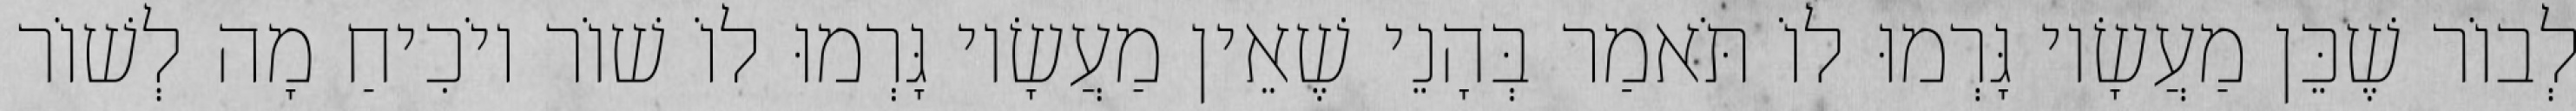
לְבוֹר שֶׁכֵּן מַעֲשָׂיו גָּרְמוּ לוֹ תֹּאמַר בְּהָנֵי שֶׁאֵין מַעֲשָׂיו גָּרְמוּ לוֹ שׁוֹר יוֹכִיחַ מָה לְשׁוֹר